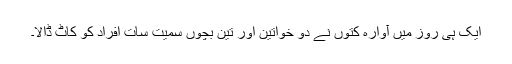
ایک ہی روز میں آوارہ کُتّوں نے دو خواتین اور تین بچوں سمیت سات افراد کو کاٹ ڈالا۔